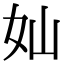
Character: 奾